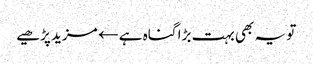
تو یہ بھی بہت بڑا گناہ ہے← مزید پڑھیے